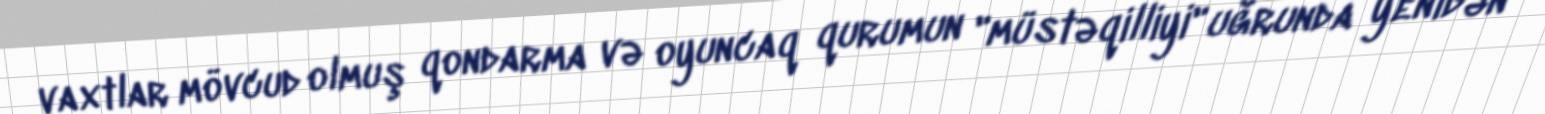
vaxtlar mövcud olmuş qondarma və oyuncaq qurumun "müstəqilliyi" uğrunda yenidən